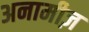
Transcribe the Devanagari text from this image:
अनामीज़